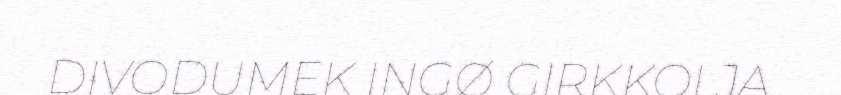
DIVODUMEK INGØ GIRKKOI JA